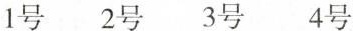
1号 2号 3号 4号